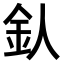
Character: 𨤿